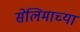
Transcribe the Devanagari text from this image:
सेलिमाच्या